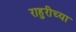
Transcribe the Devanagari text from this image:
राहुरीच्या